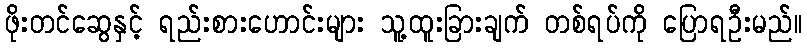
ဖိုးတင်ဆွေနှင့် ရည်းစားဟောင်းများ သူ့ထူးခြားချက် တစ်ရပ်ကို ပြောရဦးမည်။